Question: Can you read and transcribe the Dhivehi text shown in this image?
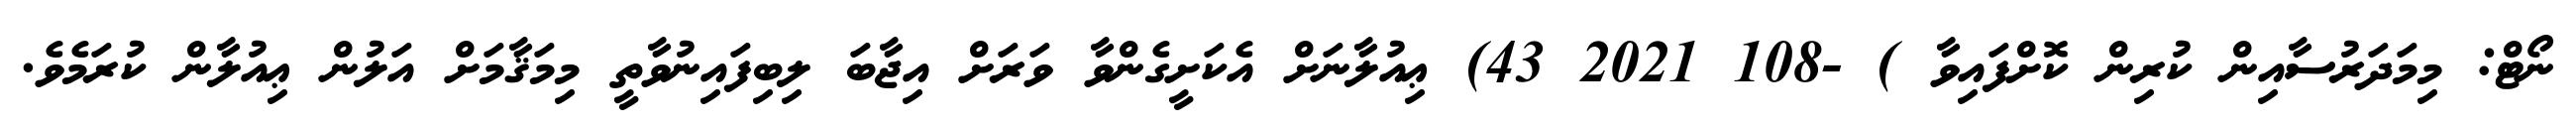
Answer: ނޯޓް: މިމަދަރުސާއިން ކުރިން ކޮށްފައިވާ ) -108 2021 43) ޢިއުލާނަށް އެކަށީގެންވާ ވަރަށް އިޖާބަ ލިބިފައިނުވާތީ މިމަޤާމަށް އަލުން ޢިއުލާން ކުރަމެވެ.